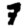
Digit: 7